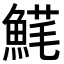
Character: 𩸚